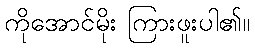
ကိုအောင်မိုး ကြားဖူးပါ၏။